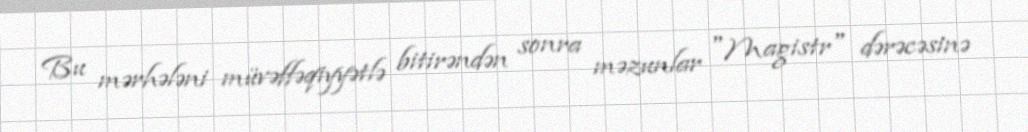
Bu mərhələni müvəffəqiyyətlə bitirəndən sonra məzunlar "Magistr" dərəcəsinə